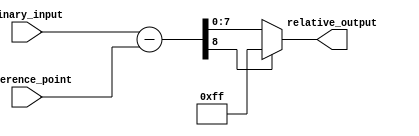
module relative_encoder #(
    parameter N = 8,  // Number of bits for the binary input
    parameter M = 8   // Number of bits for the relative output (M <= N)
) (
    input  wire [N-1:0] binary_input,   // N-bit binary input
    input  wire [N-1:0] reference_point, // N-bit reference point
    output wire [M-1:0] relative_output   // M-bit relative output
);

// Internal wire to hold the relative position
wire [N:0] relative_position; // N+1 bits to handle potential overflow

// Calculate relative position (binary_input - reference_point)
assign relative_position = {1'b0, binary_input} - {1'b0, reference_point};

// Handle overflow and wrap-around
assign relative_output = (relative_position[N] == 1'b1) ? 
                         {M{1'b1}} :        // If overflow, output max value for signed (e.g., if M bits are signed)
                         relative_position[M-1:0]; // Otherwise, take the lower M bits

endmodule